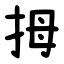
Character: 拇